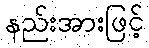
နည်းအားဖြင့်